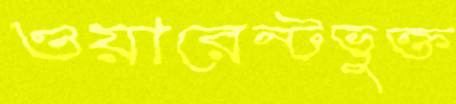
ওয়ারেন্টভুক্ত